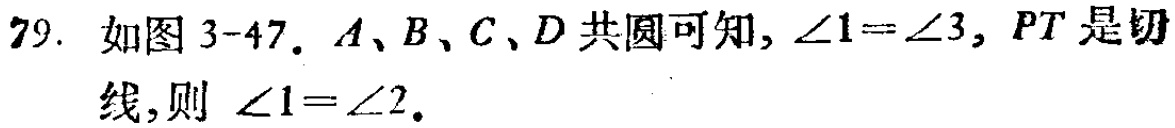
79. 如图 3-47. \(A、B、C、D\)共圆可知, \(\angle1 = \angle3\), \(PT\)是切线,则 \(\angle1=\angle2\).